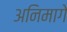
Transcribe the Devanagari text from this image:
अनिमागे